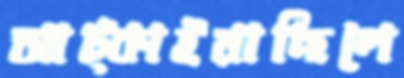
আট্‌কাইয়াছিলে